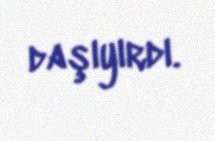
daşıyırdı.